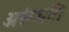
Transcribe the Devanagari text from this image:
अरूंधति